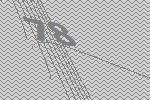
78